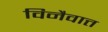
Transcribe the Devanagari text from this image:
विनैवात्त